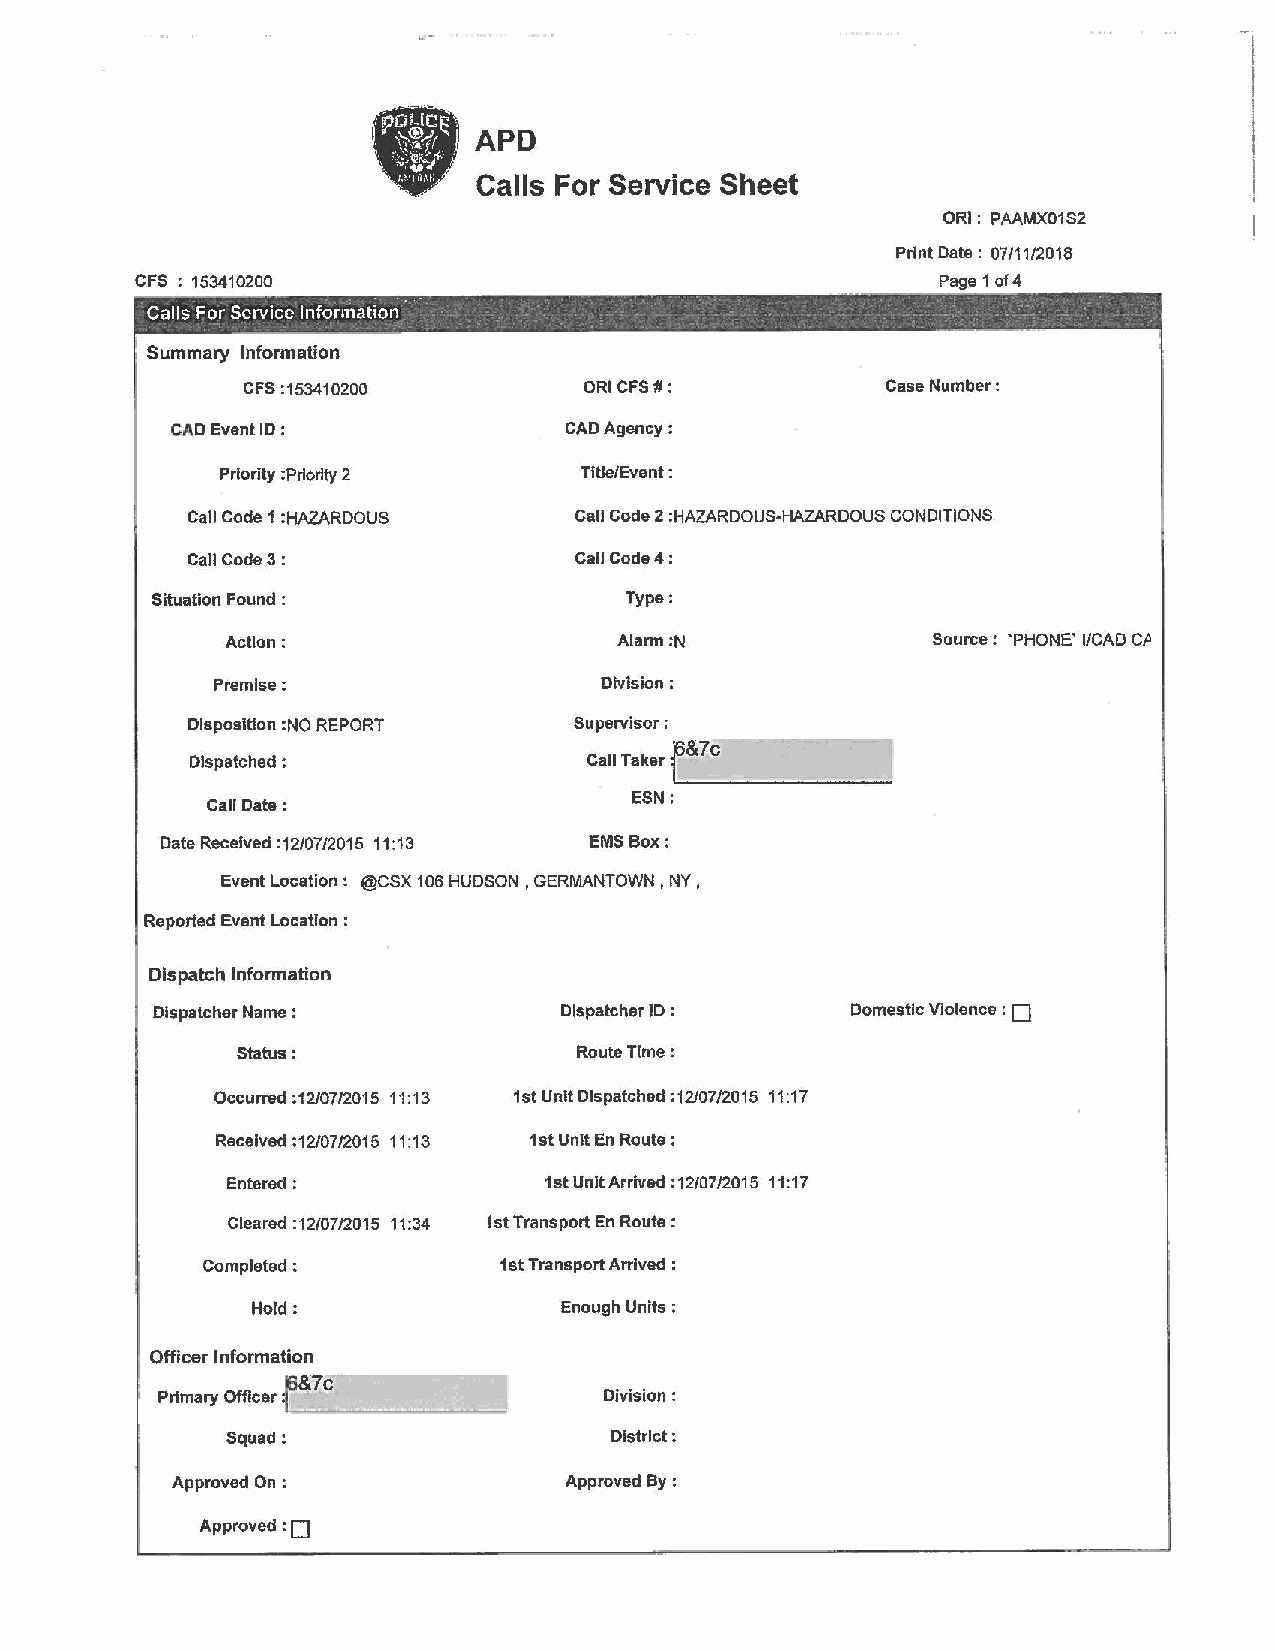
APD
 I
 Calls For Service Sheet
 ORI: PAAMX01S2
 Print Date: 07/11/2018
 CFS : 153410200                                      Page 1 of4
 -CallsForServicelnformation- - - - - ~ -. - -  . · _ .: __ :·. .:" -_ .-
 -  ~  ;       .-  -  - - --        ·-  ·,  ,- .
 Summary Information
 CFS :153410200         ORI CFS#:           Case Number:
 CAD Event ID :            CAD Agency:
 Priority :Priority 2    T!Ue/Event :
 Call Code 1 :HAZARDOUS    Call Code 2 :HAZARDOUS-HAZARDOUS CONDITIONS
 Call Code 3:              Call Code4:
 Situation Found :              Type:
 Action:                   Alarm :N             Source: 'PHONE' I/CAD C/J
 Premise:                  Division:
 Disposition :NO REPORT    Supervisor;
 p&7c
 Dispatched:                     l~---~~~-~-
 Call Taker
 Call Date:                  ESN:
 Date Received :12/07/2015 11:13 EMS Box:
 Event Location: @CSX 106 HUDSON, GERMANTOWN, NY,
 Reported Event Location :
 Dispatch Information
 D
 Dispatcher Name :          Dispatcher ID:     Domestic Violence :
 Status:               Route Time:
 Occurred :12/07/2015 11:13 1st Unit Dispatched :12/07/2015 11:17
 Received :12/07/2015 11:13 1st Unit En Route :
 Entered:             1st Unit Arrived: 12/07/2015 11 :17
 Cleared :12/07/2015 11:34 1st Transport En Route:
 Completed:          1st Transport Arrived :
 Hold:               Enough Units:
 Officer Information
 E  _______    __,
 Primary Officer               Division:
 Squad:                   District:
 Approved On :             Approved By :
 :o
 Approved